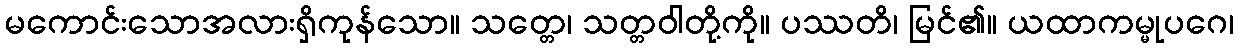
မကောင်းသောအလားရှိကုန်သော။ သတ္တေ၊ သတ္တဝါတို့ကို။ ပဿတိ၊ မြင်၏။ ယထာကမ္မုပဂေ၊